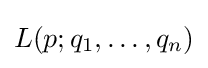
L(p;q_{1},\ldots ,q_{n})